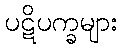
ပဋိပက္ခများ